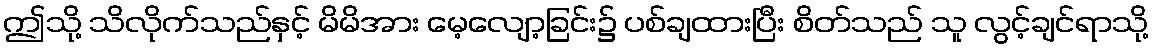
ဤသို့ သိလိုက်သည်နှင့် မိမိအား မေ့လျော့ခြင်း၌ ပစ်ချထားပြီး စိတ်သည် သူ လွင့်ချင်ရာသို့